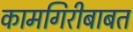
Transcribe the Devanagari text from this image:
कामगिरीबाबत